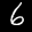
Label: 6